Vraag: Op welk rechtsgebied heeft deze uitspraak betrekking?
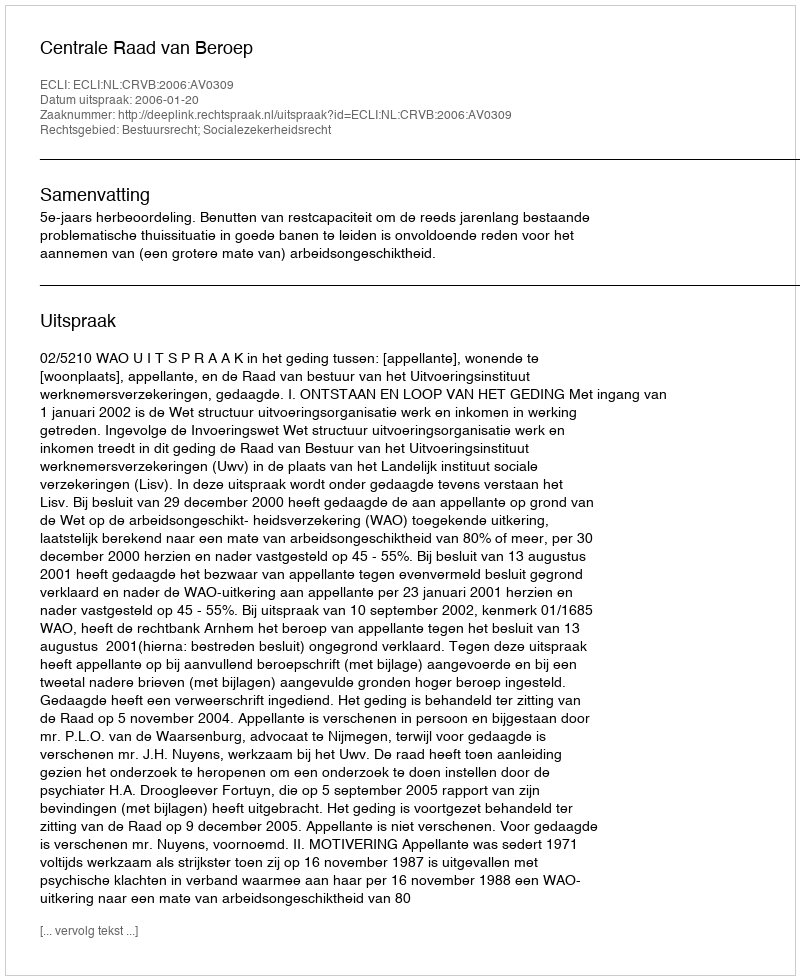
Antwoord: Bestuursrecht; Socialezekerheidsrecht